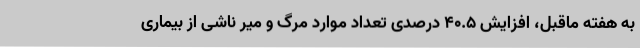
به هفته ماقبل، افزایش ۴۰.۵ درصدی تعداد موارد مرگ و میر ناشی از بیماری